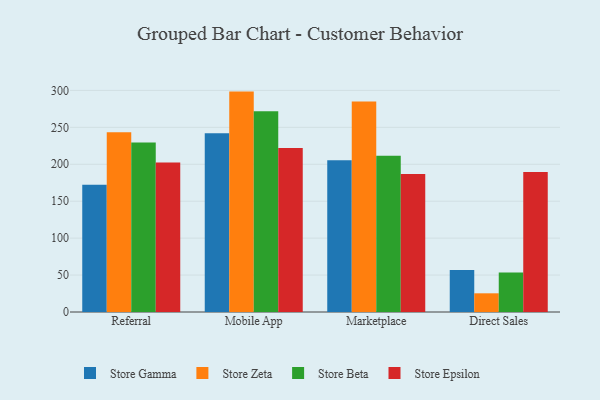
{"axis": {"x": "Channel", "y": "Revenue (USD Million)"}, "legend": ["Store Beta", "Store Epsilon", "Store Gamma", "Store Zeta"], "data": [{"x": "Referral", "y": 172.3, "type": "Store Gamma"}, {"x": "Referral", "y": 243.3, "type": "Store Zeta"}, {"x": "Referral", "y": 229.5, "type": "Store Beta"}, {"x": "Referral", "y": 202.4, "type": "Store Epsilon"}, {"x": "Mobile App", "y": 241.9, "type": "Store Gamma"}, {"x": "Mobile App", "y": 298.4, "type": "Store Zeta"}, {"x": "Mobile App", "y": 271.9, "type": "Store Beta"}, {"x": "Mobile App", "y": 222.2, "type": "Store Epsilon"}, {"x": "Marketplace", "y": 205.4, "type": "Store Gamma"}, {"x": "Marketplace", "y": 284.9, "type": "Store Zeta"}, {"x": "Marketplace", "y": 211.7, "type": "Store Beta"}, {"x": "Marketplace", "y": 186.8, "type": "Store Epsilon"}, {"x": "Direct Sales", "y": 56.8, "type": "Store Gamma"}, {"x": "Direct Sales", "y": 25.3, "type": "Store Zeta"}, {"x": "Direct Sales", "y": 53.4, "type": "Store Beta"}, {"x": "Direct Sales", "y": 189.5, "type": "Store Epsilon"}]}